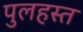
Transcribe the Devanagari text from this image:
पुलहस्त